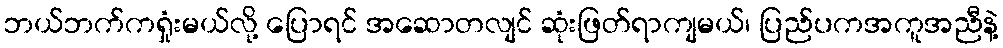
ဘယ်ဘက်ကရှုံးမယ်လို့ ပြောရင် အဆောတလျင် ဆုံးဖြတ်ရာကျမယ်၊ ပြည်ပကအကူအညီနဲ့